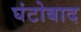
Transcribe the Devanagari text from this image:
घंटोबाद